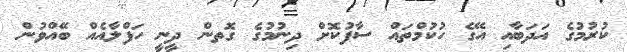
ކުރުމުގެ އަދަބާއި އޭގެ ހުކުމްތައް ސާފުކޮށް ދިނުމުގެ ގޮތން ދީނީ ހަފްލާއެއް ބޭއްވުން